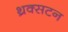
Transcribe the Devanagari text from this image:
थ्रक्सटन